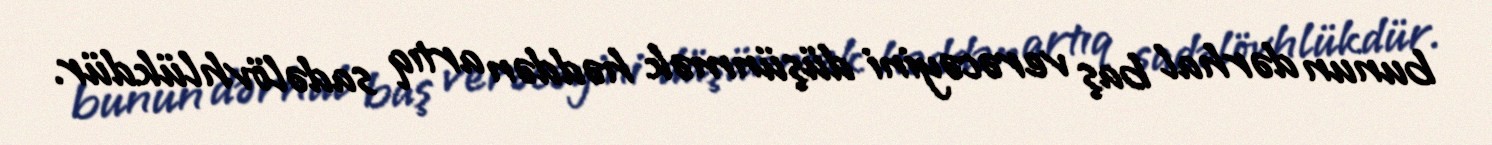
bunun dərhal baş verəcəyini düşünmək həddən artıq sadəlövhlükdür.